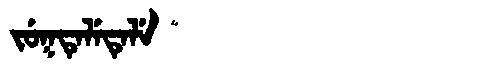
Manchu: ᠵᡠᡴᡨᡝᠯᡝᡨᡝᠯᡝ
Romanization: JUKTELETELE